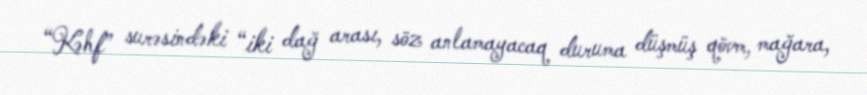
“Kəhf” surəsindəki “iki dağ arası, söz anlamayacaq duruma düşmüş qövm, mağara,